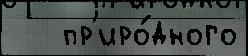
   пр'иро́дного